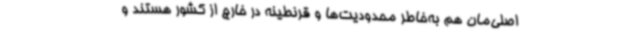
اصلی‌مان هم به‌خاطر محدودیت‌ها و قرنطینه در خارج از کشور هستند و